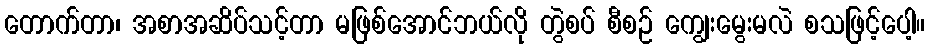
တောက်တာ၊ အစာအဆိပ်သင့်တာ မဖြစ်အောင်ဘယ်လို တွဲစပ် စီစဉ် ကျွေးမွေးမလဲ စသဖြင့်ပေါ့။